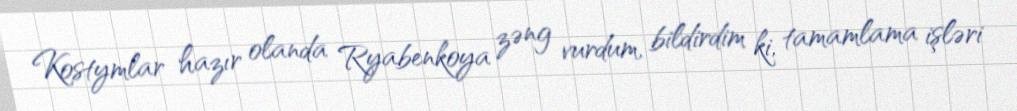
Kostymlar hazır olanda Ryabenkoya zəng vurdum, bildirdim ki, tamamlama işləri